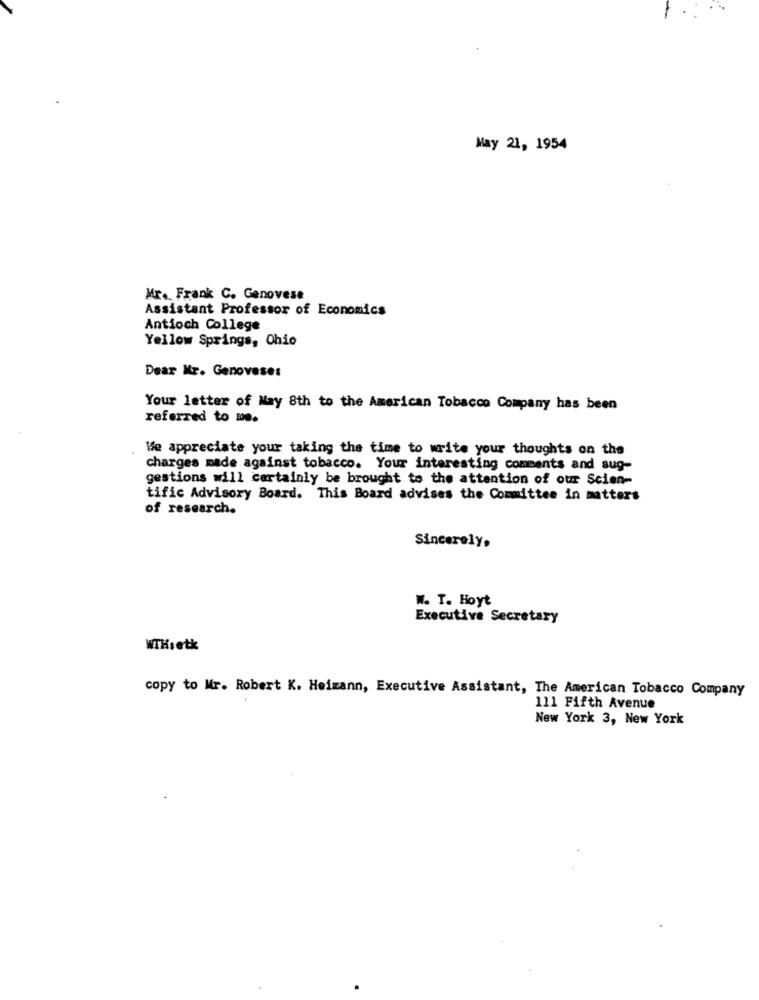
May 21, 1954
Mr. Frank C. Genovese
Assistant Professor of Economics
Antioch College
Yellow Springs, Ohio
Dear Kr. Genovese:
Your letter of May 8th to the American Tobacco Company has been
referred to me.
We appreciate your taking the time to write your thoughts on the
charges made against tobacco. Your interesting comments and aug-
gestions will certainly be brought to the attention of our Scien-
tific Advisory Board. This Board advises the Committee in matters
of research.
Sincerely,
W. T. Hoyt
Executive Secretary
WTH:etk
copy to Mr. Robert K. Heimann, Executive Assistant, The American Tobacco Company
111 Fifth Avenue
New York 3, New York